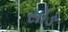
સૉઙ